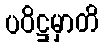
ပဝိဋ္ဌမှာတိ